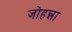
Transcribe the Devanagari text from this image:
जोहन्ना